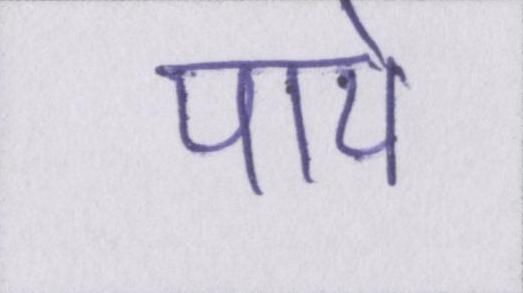
पाये